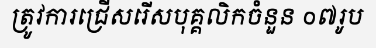
ត្រូវការជ្រើសរើសបុគ្គលិកចំនួន ០៧រូប